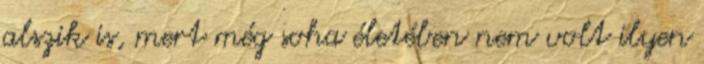
alszik is, mert még soha életében nem volt ilyen